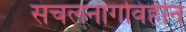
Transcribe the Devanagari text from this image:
संचलनांगविहीन